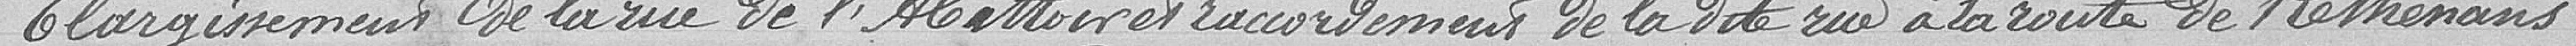
Elargissement de la rue de l'Abattoir et raccordement de la dite   rue à la route de Rethenans